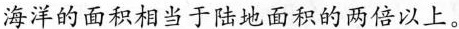
海洋的面积相当于陆地面积的两倍以上。